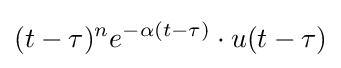
(t-\tau )^{n}e^{-\alpha (t-\tau )}\cdot u(t-\tau )